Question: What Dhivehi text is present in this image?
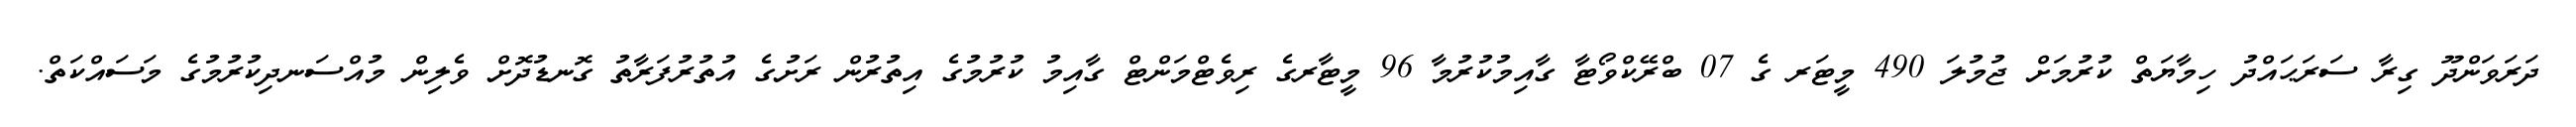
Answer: ދަރަވަންދޫ ގިރާ ސަރަޙައްދު ހިމާޔަތް ކުރުމަށް ޖުމުލަ 490 މީޓަރ ގެ 07 ބްރޭކްވޯޓާ ގާއިމުކުރުމާ 96 މީޓާރގެ ރިވެޓްމަންޓް ގާއިމު ކުރުމުގެ އިތުރުން ރަށުގެ އުތުރުފަރާތު ގޮނޑުދޮށް ވެލިން މުއްސަނދިކުރުމުގެ މަސައްކަތް.